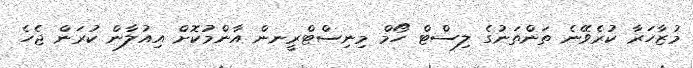
މުޒާހަރާ ކުރެވޭނެ ތަންތަނުގެ ލިސްޓް ހޯމް މިނިސްޓްރީނން އާންމުކޮށް އިއުލާން ކުރަން ޖެހެ